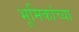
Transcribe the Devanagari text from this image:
भूमिकांच्या